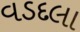
વડદલા